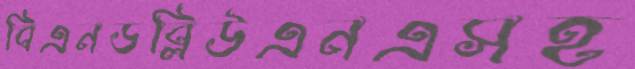
বিএনডব্লিউএনএসহ